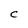
Character: C